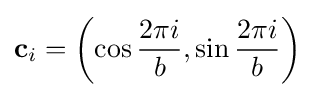
\mathbf {c} _{i}=\left(\cos {\frac {2\pi i}{b}},\sin {\frac {2\pi i}{b}}\right)